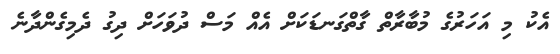
އެކު މި އަހަރުގެ މުބާރާތް ގާތްގަނޑަކަށް އެއް މަސް ދުވަހަށް ދިގު ދެމިގެންދާނެ